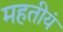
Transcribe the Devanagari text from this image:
महतीयं